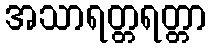
အသာရတ္တရတ္တာ